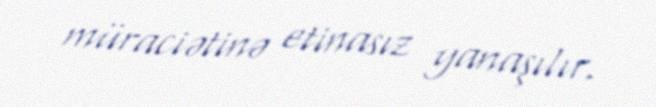
müraciətinə etinasız yanaşılır.